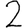
Digit: 2